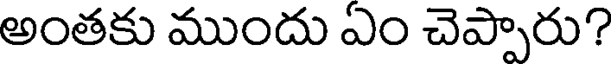
అంతకు ముందు ఏం చెప్పారు?